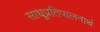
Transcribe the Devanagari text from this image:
साधूप्रतिपालनार्थ